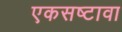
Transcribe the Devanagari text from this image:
एकसष्टावा